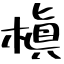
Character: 槇